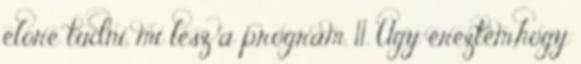
elore tudni, mi lesz a program. 11. Úgy éreztem,hogy